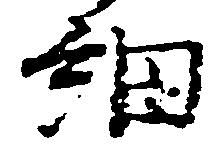
細